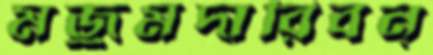
মজুমদারিবন্